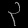
Digit: ၃